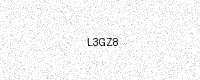
Text: L3GZ8